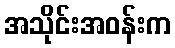
အသိုင်းအဝန်းက